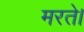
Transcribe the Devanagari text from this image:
मरते।